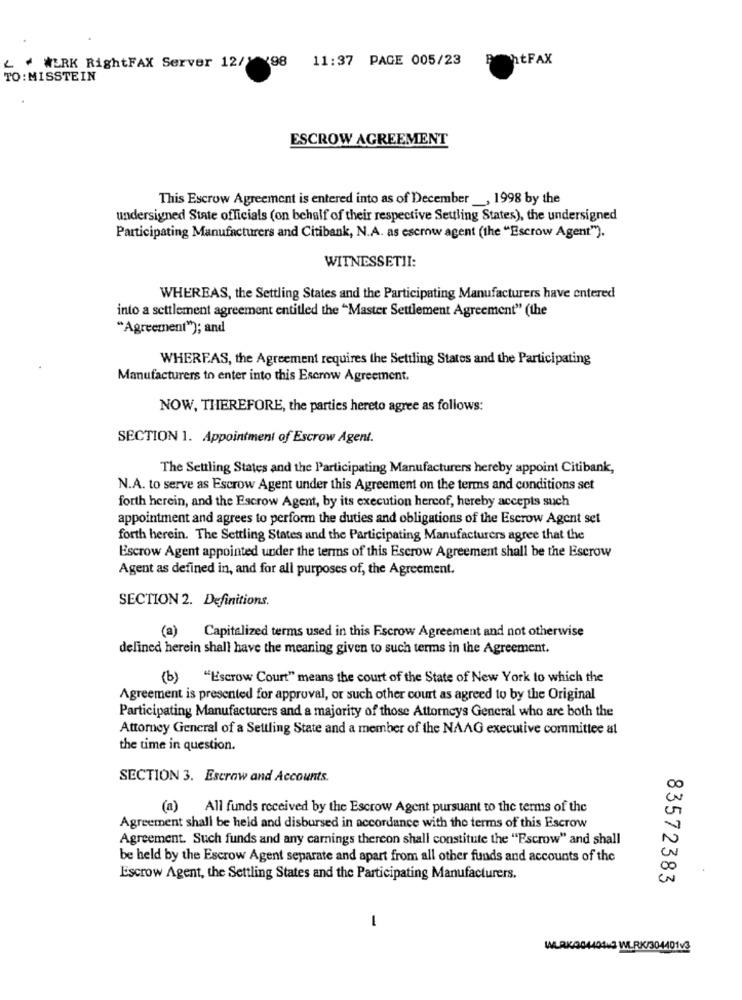
11:37 PAGE 005/23
POhtFAX
WERK RightFAX Server 12/ 198
TO: MISSTEIN
ESCROW AGREEMENT
This Escrow Agreement is entered into as of December _, 1998 by the
undersigned State officials (on behalf of their respective Settling States), the undersigned
Participating Manufacturers and Citibank, N.A. as escrow agent (the "Escrow Agent").
WITNESSETII:
WHEREAS, the Settling States and the Participating Manufacturers have entered
into a settlement agreement entitled the "Master Settlement Agreement" (the
"Agreement"); and
WHEREAS, the Agreement requires the Settling States and the Participating
Manufacturers to enter into this Escrow Agreement.
NOW, THEREFORE, the parties hereto agree as follows:
SECTION 1. Appointment of Escrow Agent.
The Settling States and the Participating Manufacturers hereby appoint Citibank,
N.A. to serve as Escrow Agent under this Agreement on the terms and conditions set
forth herein, and the Escrow Agent, by its execution hercof, hereby accepts such
appointment and agrees to perform the duties and obligations of the Escrow Agent set
forth herein. The Settling States and the Participating Manufacturers agree that the
Escrow Agent appointed under the terms of this Escrow Agreement shall be the Escrow
Agent as defined in, and for all purposes of, the Agreement.
SECTION 2. Definitions.
(a) Capitalized terms used in this Escrow Agreement and not otherwise
defined herein shall have the meaning given to such terms in the Agreement.
(b) "Escrow Court" means the court of the State of New York to which the
Agreement is presented for approval, or such other court as agreed to by the Original
Participating Manufacturers and a majority of those Attorneys General who are both the
Attorney General of a Settling State and a member of the NAAG executive committee al
the time in question.
SECTION 3. Escrow and Accounts.
(a) All funds received by the Escrow Agent pursuant to the terms of the
Agreement shall be held and disbursed in accordance with the terms of this Escrow
Agreement. Such funds and any camnings thercon shall constitute the "Escrow" and shall
be held by the Escrow Agent separate and apart from all other funds and accounts of the
Escrow Agent, the Settling States and the Participating Manufacturers.
83572383
-
WLRK/00440443 WERK/304401V3